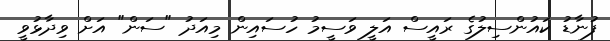
ފުނާޑު ކައުންސިލުގެ ރައީސް އަލީ ވަސީމު ހުސައިން މިއަދު "ސަން" އަށް ވިދާޅުވީ